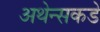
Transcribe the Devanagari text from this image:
अथेन्सकडे